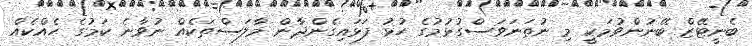
ބެނީޓޭޒް ބޭނުންވުމަކީ މި ނުތަނަވަސްގުޅުމުގެ ހުޅު ފަޅައިގެންދާން މާލަސްތަކެއް ނުވާނެ ކަމުގެ ހެއްކެއް